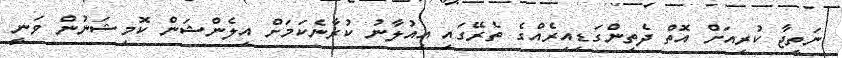
ނަތީޖާ ކުރިއަށް އޮތް ދެތިންގަޑިއިރެއްގެ ތެރޭގައި އިއުލާނު ކުރާނެކަމަށް އިލެންޝަން ކޮމިޝަނުން ވަނީ